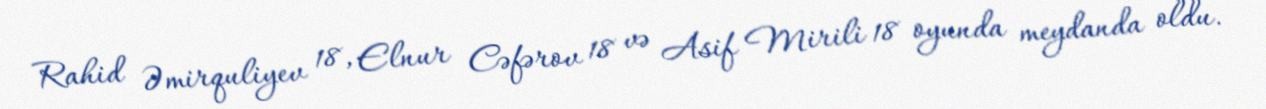
Rahid Əmirquliyev 18, Elnur Cəfərov 18 və Asif Mirili 18 oyunda meydanda oldu.